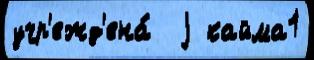
учр'ежд'ена́  j кайма1